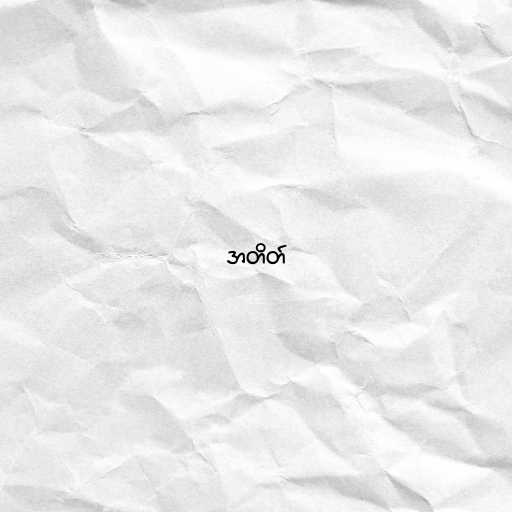
အတိတ်